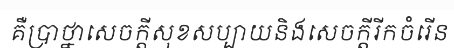
គឺប្រាថ្នាសេចក្តីសុខសប្បាយនិងសេចក្តីរីកចំរើន